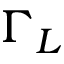
\Gamma _ { L }